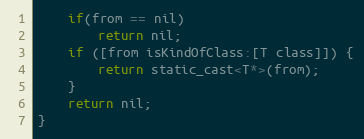
Language: C
    if(from == nil)
        return nil;
    if ([from isKindOfClass:[T class]]) {
        return static_cast<T*>(from);
    }
    return nil;
}